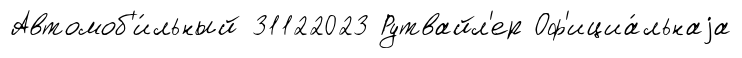
Автомоб'и́льный 31122023 Рутвайл'ер Оф'ициа́льнаjа